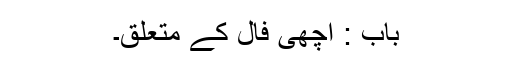
باب : اچھی فال کے متعلق۔